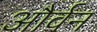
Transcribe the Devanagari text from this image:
और्वन